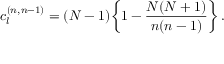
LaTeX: c _ { l } ^ { ( n , n - 1 ) } = ( N - 1 ) \bigg \{ 1 - { \frac { N ( N + 1 ) } { n ( n - 1 ) } } \bigg \} \, .